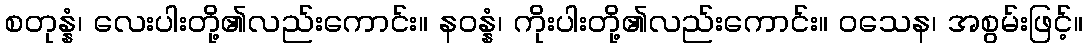
စတုန္နံ၊ လေးပါးတို့၏လည်းကောင်း။ နဝန္နံ၊ ကိုးပါးတို့၏လည်းကောင်း။ ဝသေန၊ အစွမ်းဖြင့်။